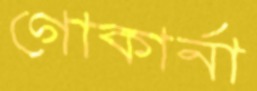
গোকার্না